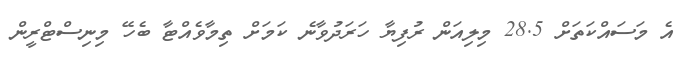
އެ މަސައްކަތަށް 28.5 މިލިއަން ރުފިޔާ ހަރަދުވާނެ ކަމަށް ތިމާވެއްޓާ ބެހޭ މިނިސްޓްރީން